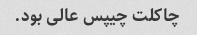
چاکلت چیپس عالی بود.